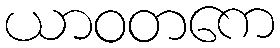
ယာဝတကေ